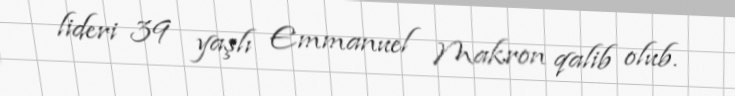
lideri 39 yaşlı Emmanuel Makron qalib olub.